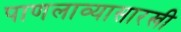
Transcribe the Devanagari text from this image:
पाणलाव्यासारखी